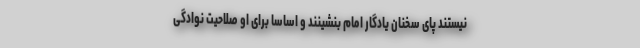
نیستند پای سخنان یادگار امام بنشینند و اساسا برای او صلاحیت نوادگی